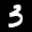
Label: 3